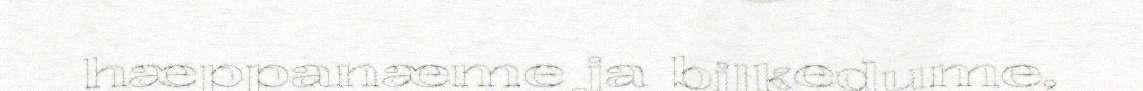
hæppanæme ja bilkedume,